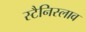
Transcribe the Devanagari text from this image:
स्टैनिस्लाव